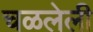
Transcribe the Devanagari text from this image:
चळलेली